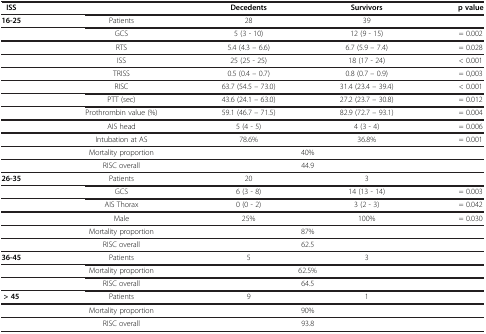
| ISS |  | Decedents | Survivors | p value |
 | --- | --- | --- | --- | --- |
 | 16-25 | Patients | 28 | 39 |  |
 |  | GCS | 5 (3 - 10) | 12 (9 - 15) | = 0.002 |
 |  | RTS | 5.4 (4.3 – 6.6) | 6.7 (5.9 – 7.4) | = 0.028 |
 |  | ISS | 25 (25 - 25) | 18 (17 - 24) | < 0.001 |
 |  | TRISS | 0.5 (0.4 – 0.7) | 0.8 (0.7 – 0.9) | = 0,003 |
 |  | RISC | 63.7 (54.5 – 73.0) | 31.4 (23.4 – 39.4) | < 0.001 |
 |  | PTT (sec) | 43.6 (24.1 – 63.0) | 27.2 (23.7 – 30.8) | = 0.012 |
 |  | Prothrombin value (%) | 59.1 (46.7 – 71.5) | 82.9 (72.7 – 93.1) | = 0.004 |
 |  | AIS head | 5 (4 - 5) | 4 (3 - 4) | = 0.006 |
 |  | Intubation at AS | 78.6% | 36.8% | = 0.001 |
 |  | Mortality proportion | <COLSPAN=2> 40% |  |
 |  | RISC overall | <COLSPAN=2> 44.9 |  |
 | 26-35 | Patients | 20 | 3 |  |
 |  | GCS | 6 (3 - 8) | 14 (13 - 14) | = 0.003 |
 |  | AIS Thorax | 0 (0 - 2) | 3 (2 - 3) | = 0.042 |
 |  | Male | 25% | 100% | = 0.030 |
 |  | Mortality proportion | <COLSPAN=2> 87% |  |
 |  | RISC overall | <COLSPAN=2> 62.5 |  |
 | 36-45 | Patients | 5 | 3 |  |
 |  | Mortality proportion | <COLSPAN=2> 62.5% |  |
 |  | RISC overall | <COLSPAN=2> 64.5 |  |
 | > 45 | Patients | 9 | 1 |  |
 |  | Mortality proportion | <COLSPAN=2> 90% |  |
 |  | RISC overall | <COLSPAN=2> 93.8 |  |